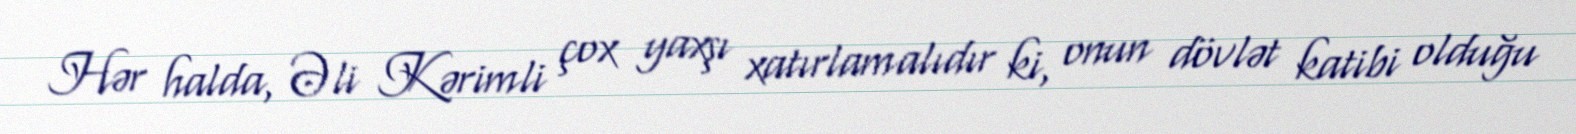
Hər halda, Əli Kərimli çox yaxşı xatırlamalıdır ki, onun dövlət katibi olduğu